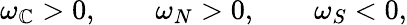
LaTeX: \omega_{\mathbb{C}}>0,\qquad\omega_{N}>0,\qquad\omega_{S}<0,